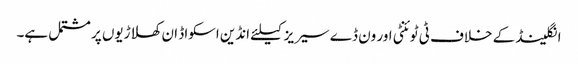
انگلینڈ کے خلاف ٹی ٹوئنٹی اور ون ڈے سیریز کیلئے انڈین اسکواڈ ان کھلاڑیوں پر مشتمل ہے۔